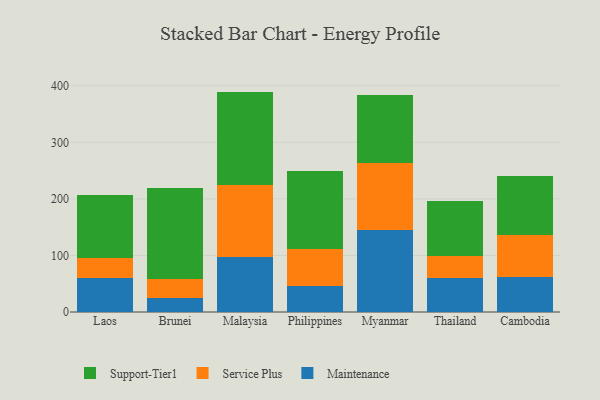
{"axis": {"x": "Country", "y": "Operating Costs (USD K)"}, "legend": ["Maintenance", "Service Plus", "Support-Tier1"], "data": [{"x": "Laos", "y": 60.2, "type": "Maintenance"}, {"x": "Laos", "y": 35.5, "type": "Service Plus"}, {"x": "Laos", "y": 112.0, "type": "Support-Tier1"}, {"x": "Brunei", "y": 24.8, "type": "Maintenance"}, {"x": "Brunei", "y": 33.8, "type": "Service Plus"}, {"x": "Brunei", "y": 160.3, "type": "Support-Tier1"}, {"x": "Malaysia", "y": 97.7, "type": "Maintenance"}, {"x": "Malaysia", "y": 126.3, "type": "Service Plus"}, {"x": "Malaysia", "y": 165.7, "type": "Support-Tier1"}, {"x": "Philippines", "y": 45.7, "type": "Maintenance"}, {"x": "Philippines", "y": 65.8, "type": "Service Plus"}, {"x": "Philippines", "y": 138.5, "type": "Support-Tier1"}, {"x": "Myanmar", "y": 144.4, "type": "Maintenance"}, {"x": "Myanmar", "y": 118.8, "type": "Service Plus"}, {"x": "Myanmar", "y": 121.0, "type": "Support-Tier1"}, {"x": "Thailand", "y": 59.8, "type": "Maintenance"}, {"x": "Thailand", "y": 39.8, "type": "Service Plus"}, {"x": "Thailand", "y": 96.4, "type": "Support-Tier1"}, {"x": "Cambodia", "y": 61.1, "type": "Maintenance"}, {"x": "Cambodia", "y": 74.7, "type": "Service Plus"}, {"x": "Cambodia", "y": 104.2, "type": "Support-Tier1"}]}